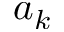
a _ { k }